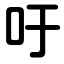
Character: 吁